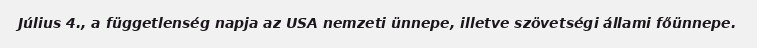
Július 4., a függetlenség napja az USA nemzeti ünnepe, illetve szövetségi állami főünnepe.